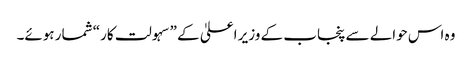
وہ اس حوالے سے پنجاب کے وزیر اعلیٰ کے ”سہولت کار“ شمار ہوئے۔